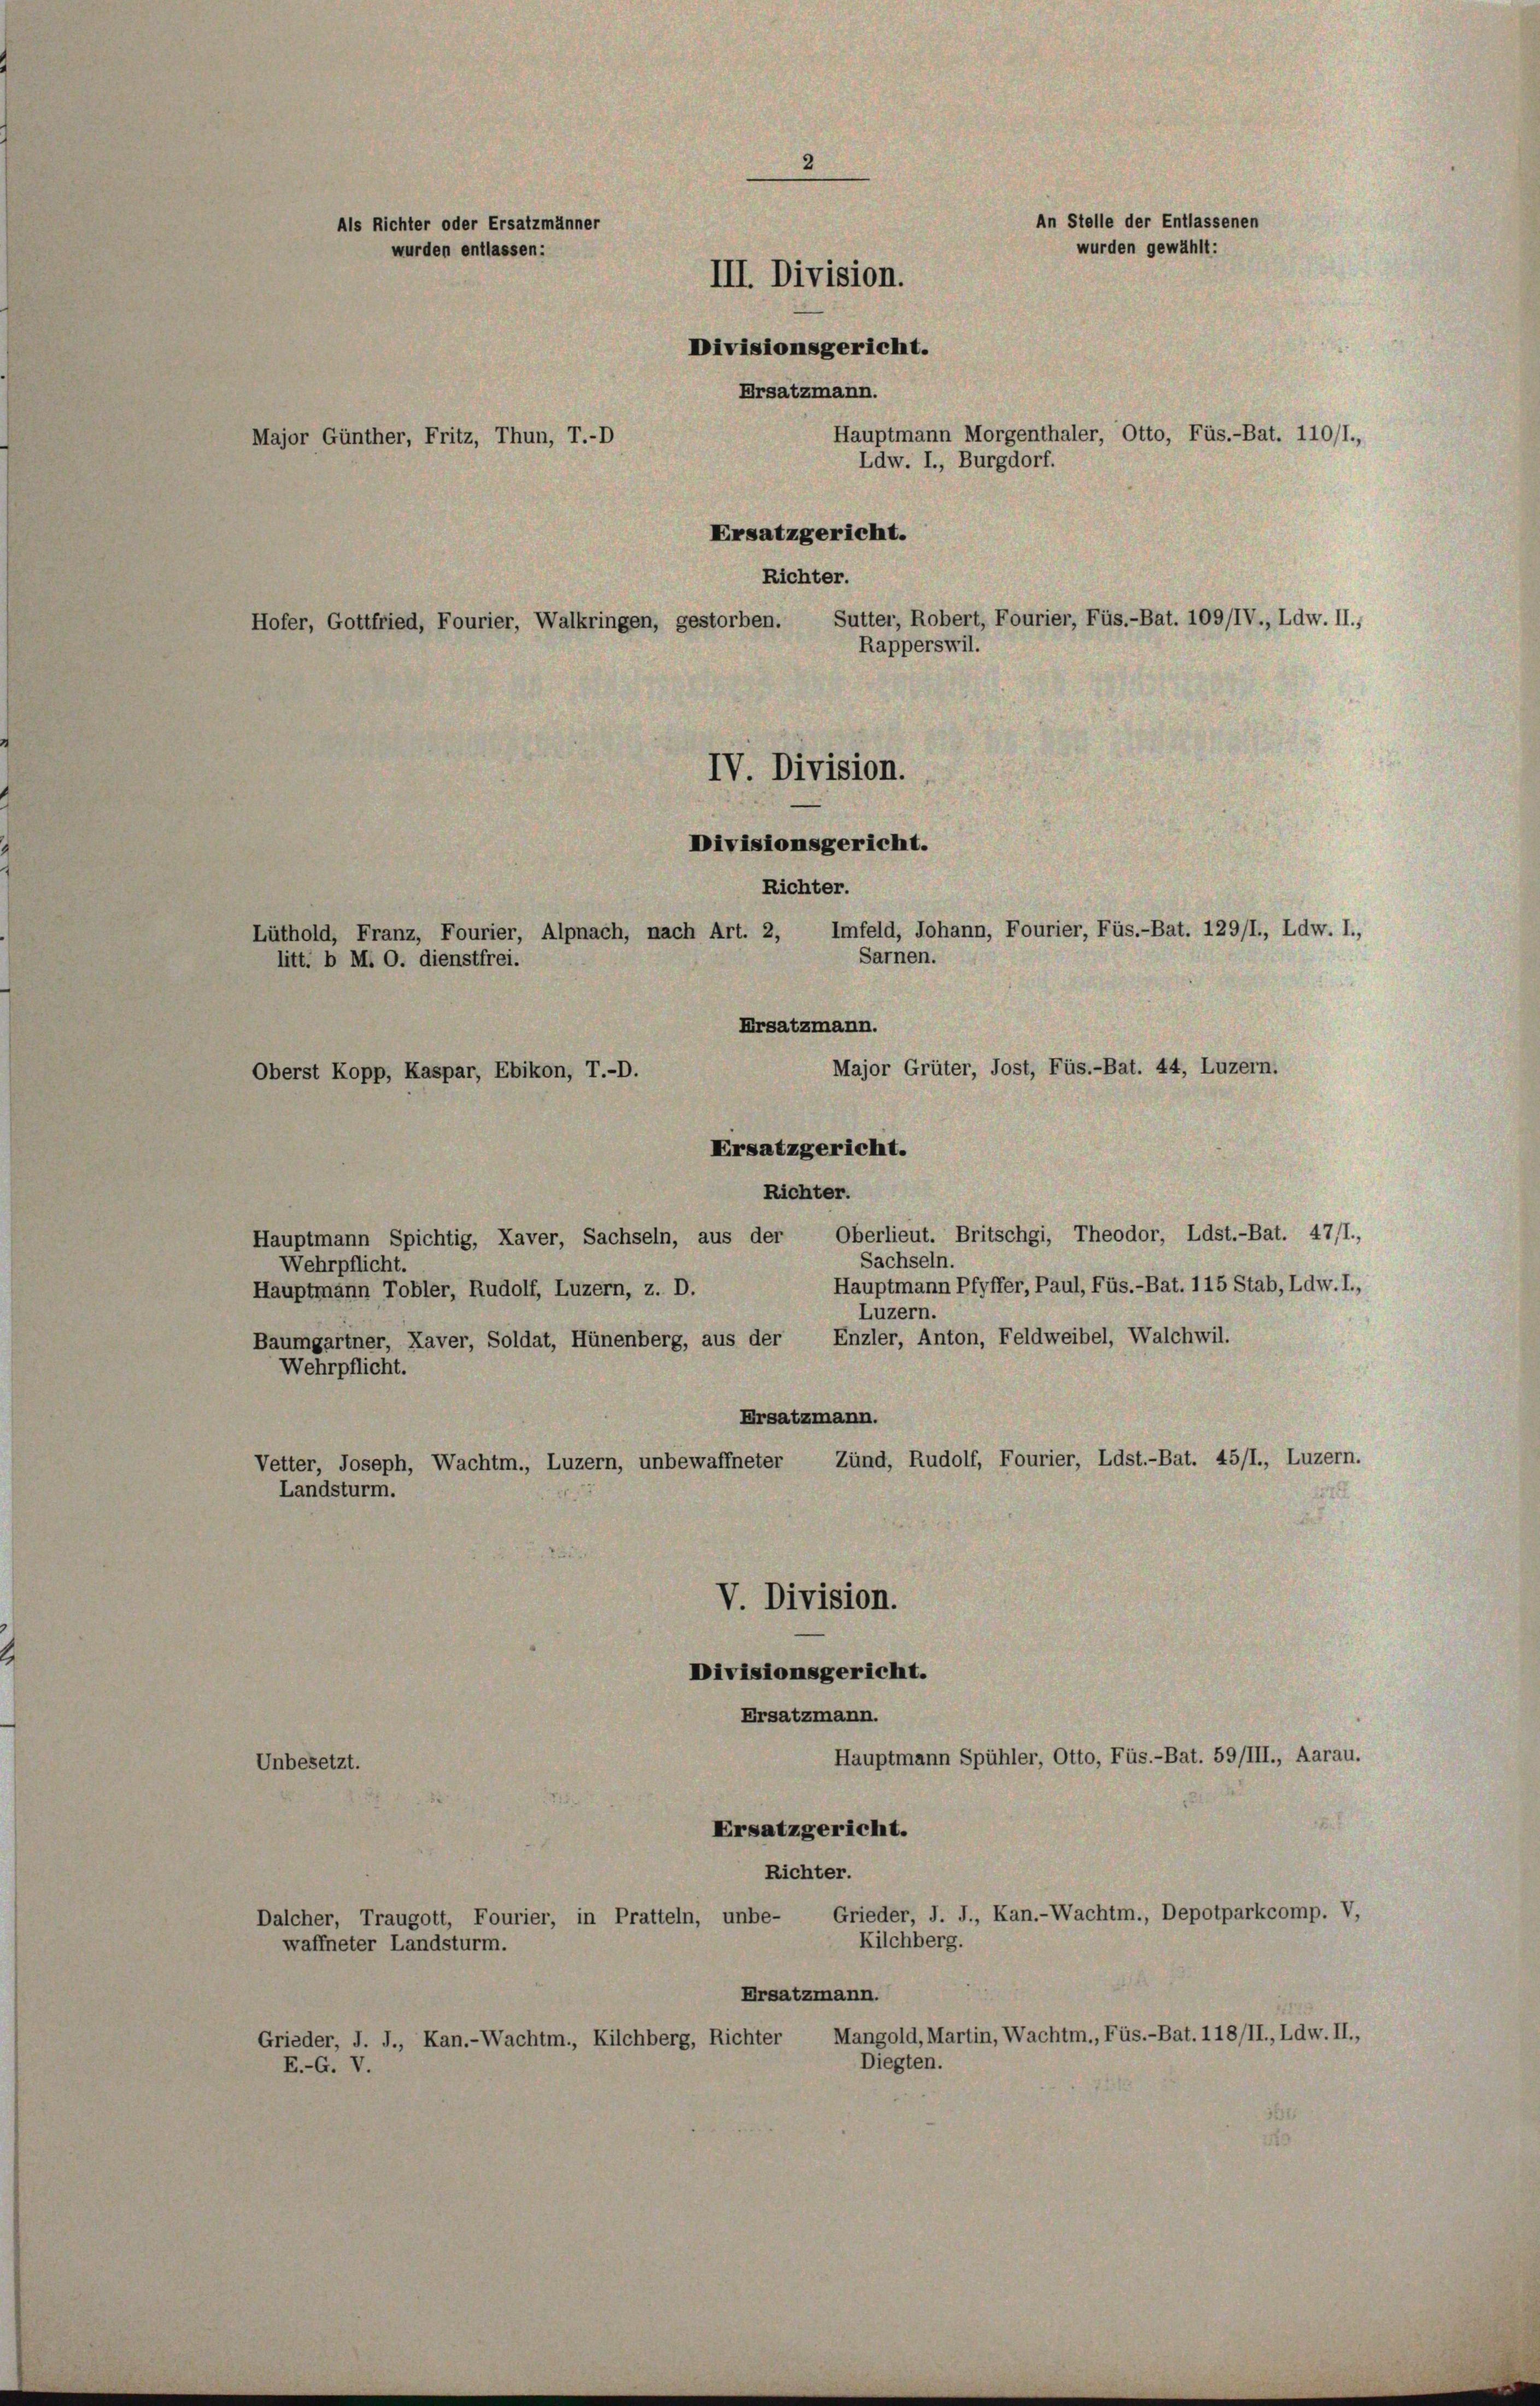
2
An Stelle der Entlassenen
Als Richter oder Ersatzmänner
wurden gewählt:
wurden entlassen:
III. Division.
Divisionsgericht.
Ersatzmann.
Hauptmann Morgenthaler, Otto, Füs.-Bat. 110/1.,
Major Günther, Fritz, Thun, T.-D
Ldw. I., Burgdorf.
Ersatzgericht.

IV. Division.
Divisionsgericht.
Richter.
Imfeld, Johann, Fourier, Füs.-Bat. 129/I., Ldw. I.,
Lüthold, Franz, Fourier, Alpnach, nach Art. 2,
Sarnen.
litt. b M. O. dienstfrei.
Ersatzmann.

Major Grüter, Jost, Füs.-Bat. 44, Luzern.
Oberst Kopp, Kaspar, Ebikon, T.-D.
Ersatzgericht.
Richter.
Oberlieut. Britschgi, Theodor, Ldst.-Bat. 47/1.,
Hauptmann Spichtig, Kaver, Sachseln, aus der
Sachseln.
Wehrpflicht.
Hauptmann Pfyffer, Paul, Füs.-Bat. 115 Stab, Ldw. I.,
Hauptmann Tobler, Rudolf, Luzern, z. D.
Luzern.
Baumgartner, Kaver, Soldat, Hünenberg, aus der Enzler, Anton, Feldweibel, Walchwil.
Wehrpflicht.
Ersatzmann.
Vetter, Joseph, Wachtm., Luzern, unbewaffneter Zünd, Rudolf, Fourier, Ldst.-Bat. 45/1., Luzern.
Landsturm.
.
V. Division.
Divisionsgericht.
Ersatzmann.
Hauptmann Spühler, Otto, Füs.-Bat. 59/III., Aarau.
Unbesetzt.
Ersatzgericht.
Richter.
Grieder, J. J., Kan.-Wachtm., Depotparkcomp. V,
Dalcher, Traugott, Fourier, in Pratteln, unbe-
Kilchberg.
waffneter Landsturm.
Ersatzmann.
Grieder, J. J., Kan.-Wachtm., Kilchberg, Richter Mangold, Martin, Wachtm., Füs.-Bat. 118/II., Ldw. II.,
Diegten.
E.-G. V.

Richter.
Hofer, Gottfried, Fourier, Walkringen, gestorben. Sutter, Robert, Fourier, Füs.-Bat. 109/IV., Ldw. II.,
Rapperswil.